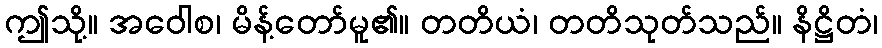
ဤသို့။ အဝေါစ၊ မိန့်တော်မူ၏။ တတိယံ၊ တတိသုတ်သည်။ နိဋ္ဌိတံ၊